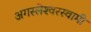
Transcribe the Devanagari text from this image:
अगस्‍लेश्‍वरस्‍वामी